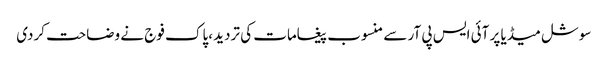
سوشل میڈیا پر آئی ایس پی آر سے منسوب پیغامات کی تردید ،پاک فوج نے وضاحت کردی